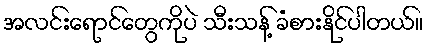
အလင်းရောင်တွေကိုပဲ သီးသန့် ခံစားနိုင်ပါတယ်။